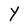
Character: Y